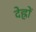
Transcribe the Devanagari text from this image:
देह्रों